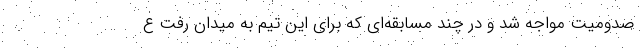
صدومیت مواجه شد و در چند مسابقه‌ای که برای این تیم به میدان رفت ع